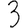
Digit: 3